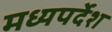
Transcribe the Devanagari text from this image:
मध्यपर्देश